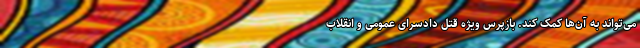
می‌تواند به آن‌ها کمک کند. بازپرس ویژه قتل دادسرای عمومی و انقلاب